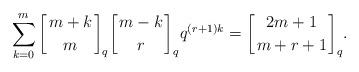
LaTeX: \begin{align*}\sum_{k=0}^m\bigg[\genfrac{}{}{0pt}{}{m+k}{m}\bigg]_q\bigg[\genfrac{}{}{0pt}{}{m-k}{r}\bigg]_qq^{(r+1)k}=\bigg[\genfrac{}{}{0pt}{}{2m+1}{m+r+1}\bigg]_q.\end{align*}